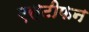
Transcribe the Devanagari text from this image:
एस्टीफन